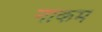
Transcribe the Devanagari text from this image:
नाकम